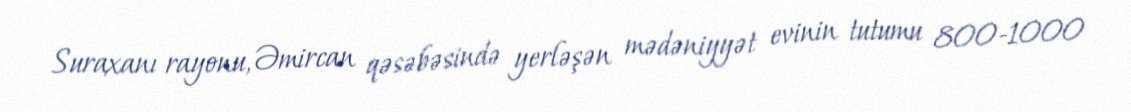
Suraxanı rayonu, Əmircan qəsəbəsində yerləşən mədəniyyət evinin tutumu 800-1000